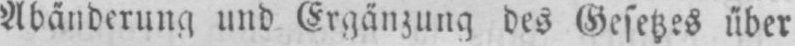
Abänderung und Ergänzung des Gesetzes über